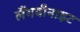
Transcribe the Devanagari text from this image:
लैंगबीनाइट